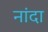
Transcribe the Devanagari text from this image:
नांदा